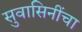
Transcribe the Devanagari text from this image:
सुवासिनींचा